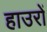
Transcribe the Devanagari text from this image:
हाउरों